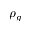
\rho _ { g }